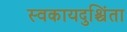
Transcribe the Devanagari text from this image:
स्वकायदुश्चिंता